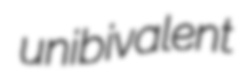
unibivalent